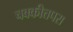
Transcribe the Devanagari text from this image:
चक्कीत्तपरा